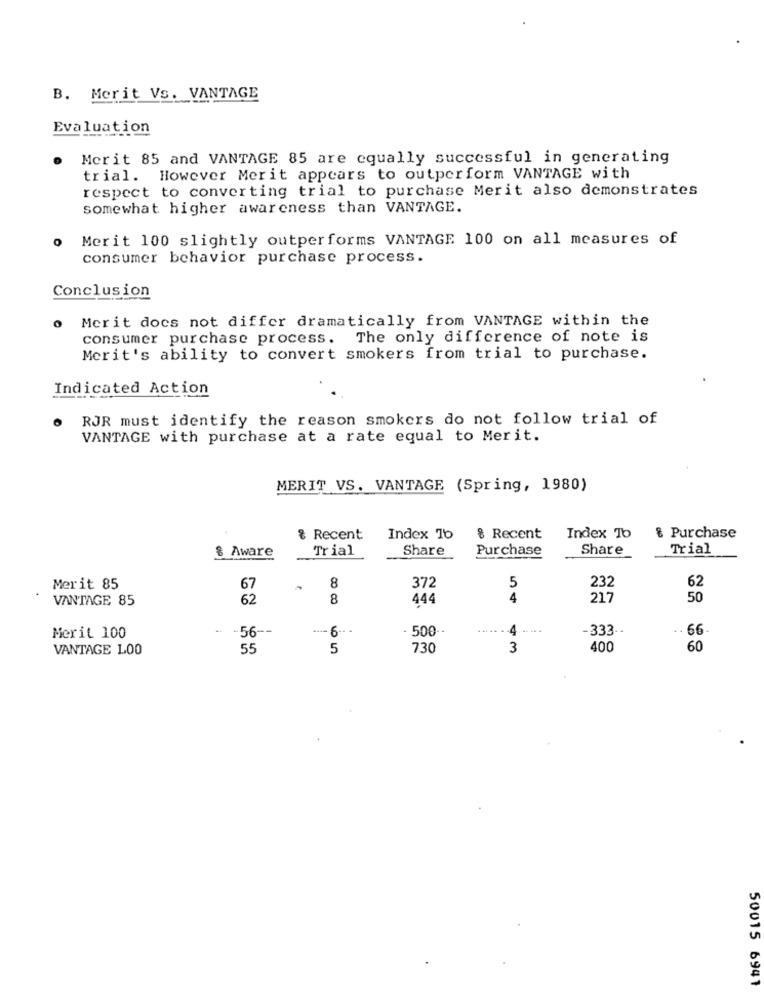
B. Merit Vs. VANTAGE
Evaluation
Merit 85 and VANTAGE 85 are equally successful in generating
trial. However Merit appears to outperform VANTAGE with
respect to converting trial to purchase Merit also demonstrates
somewhat higher awareness than VANTAGE.
Merit 100 slightly outperforms VANTAGE 100 on all measures of
consumer behavior purchase process.
Conclusion
o Merit docs not differ dramatically from VANTAGE within the
consumer purchase process. The only difference of note is
Merit's ability to convert smokers from trial to purchase.
Indicated Action
RJR must identify the reason smokers do not follow trial of
VANTAGE with purchase at a rate equal to Merit.
MERIT VS. VANTAGE (Spring, 1980)
& Recent
Index To
8 Recent
Index To
& Purchase
& Aware
Trial
Share
Purchase
Share
Trial
372
62
Merit 85
67
8
5
232
VANTAGE 85
62
8
444
4
217
50
-
-56 --
6 -- -
- 500 --
4 - --
-333 --
. 66
Merit 100
VANTAGE LOO
55
5
730
3
400
60
50015 6941